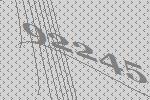
92245